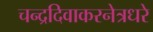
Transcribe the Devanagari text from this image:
चन्द्रदिवाकरनेत्रधरे